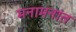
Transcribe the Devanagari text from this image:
मनामनांत